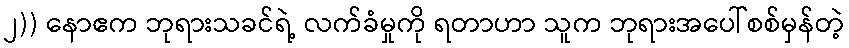
၂)) နောဧက ဘုရားသခင်ရဲ့ လက်ခံမှုကို ရတာဟာ သူက ဘုရားအပေါ်စစ်မှန်တဲ့